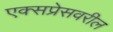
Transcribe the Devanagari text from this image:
एक्सप्रेसवरील